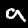
Digit: 9